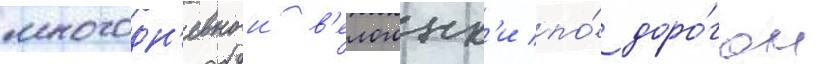
многодн'евнои в'елогонк'и по́ доро́гам